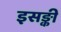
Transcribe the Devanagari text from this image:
इसङ्की